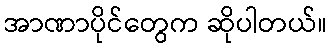
အာဏာပိုင်တွေက ဆိုပါတယ်။